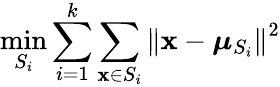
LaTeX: \underset{S_{i}}{\operatorname*{min}}\sum_{i=1}^{k}\sum_{\mathbf{x}\in S_{i}}\left\| \mathbf{x}-\boldsymbol{\mu}_{S_{i}}\right\| ^{2}